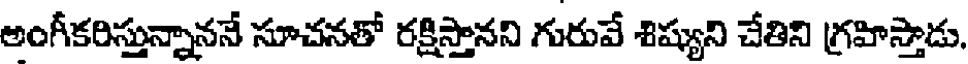
అంగీకరిస్తున్నాననే సూచనతో రక్షిస్తానని గురువే శిష్యుని చేతిని గ్రహిస్తాడు.